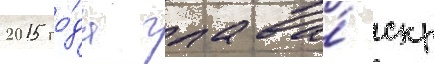
2015 го́да глава́ скр